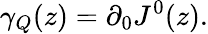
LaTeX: \gamma_{Q}(z)=\partial_{0}J^{0}(z).